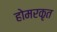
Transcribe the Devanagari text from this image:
होमरकृत